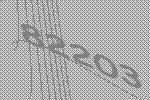
82203